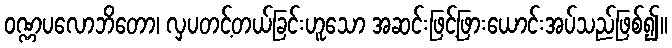
ဝဏ္ဏပလောဘိတော၊ လှပတင့်တယ်ခြင်းဟူသော အဆင်းဖြင့်ဖြားယောင်းအပ်သည်ဖြစ်၍။